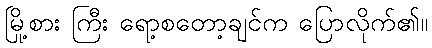
မြို့စား ကြီး ရော့စတော့ချင်က ပြောလိုက်၏။